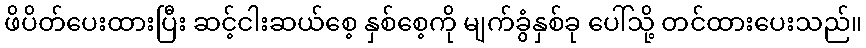
ဖိပိတ်ပေးထားပြီး ဆင့်ငါးဆယ်စေ့ နှစ်စေ့ကို မျက်ခွံနှစ်ခု ပေါ်သို့ တင်ထားပေးသည်။